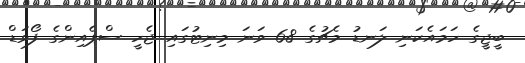
ބީޖީގެ ހަމައެކަނި ލަނޑު މެޗުގެ 68 ވަނަ މިނިޓުގައި ޖެހީ ސްޕެއިންގެ ފޯވަޑް